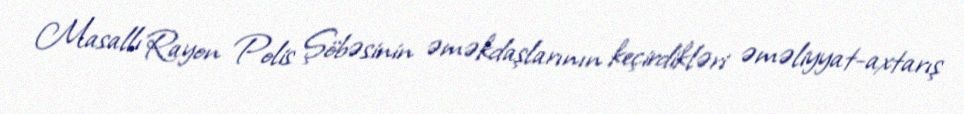
Masallı Rayon Polis Şöbəsinin əməkdaşlarının keçirdikləri əməliyyat-axtarış